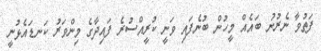
ފަތުވާ ނެރުނު ބައެއް މީހުން ބުނެފައި ވަނީ ކުރީއްސުރެ ފައިދާގެ މިންވަރު ކަނޑައެޅުނީ